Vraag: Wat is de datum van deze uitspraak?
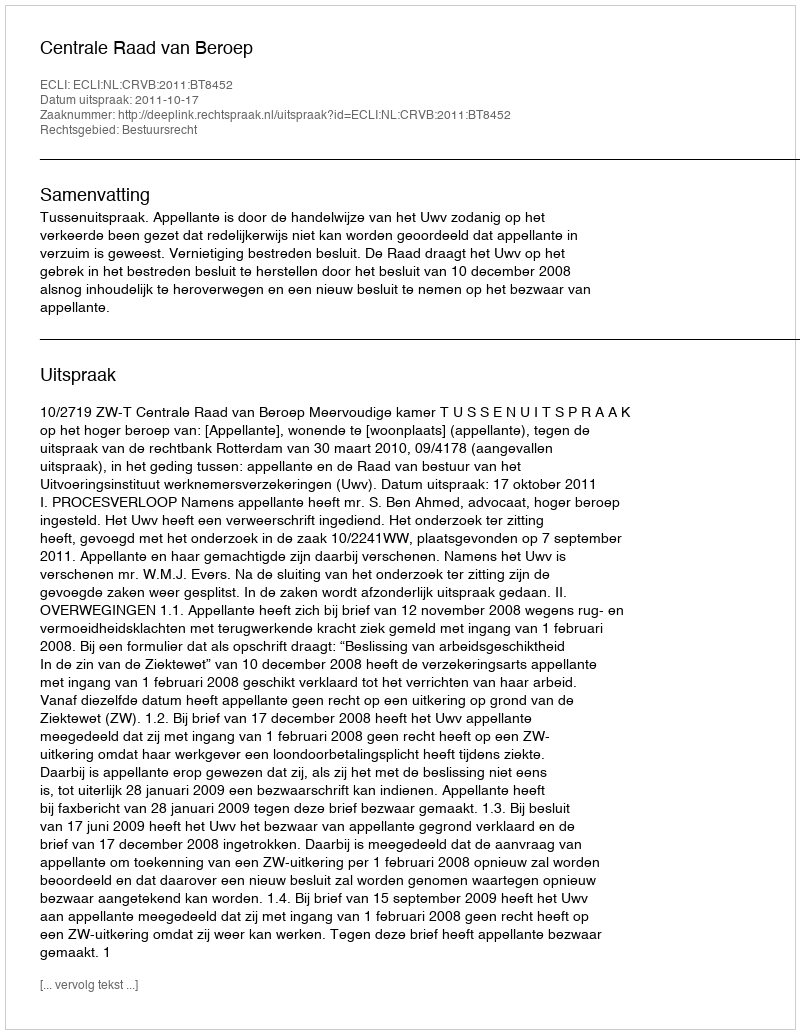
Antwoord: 2011-10-17